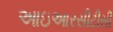
આઇઆરસીટીસી